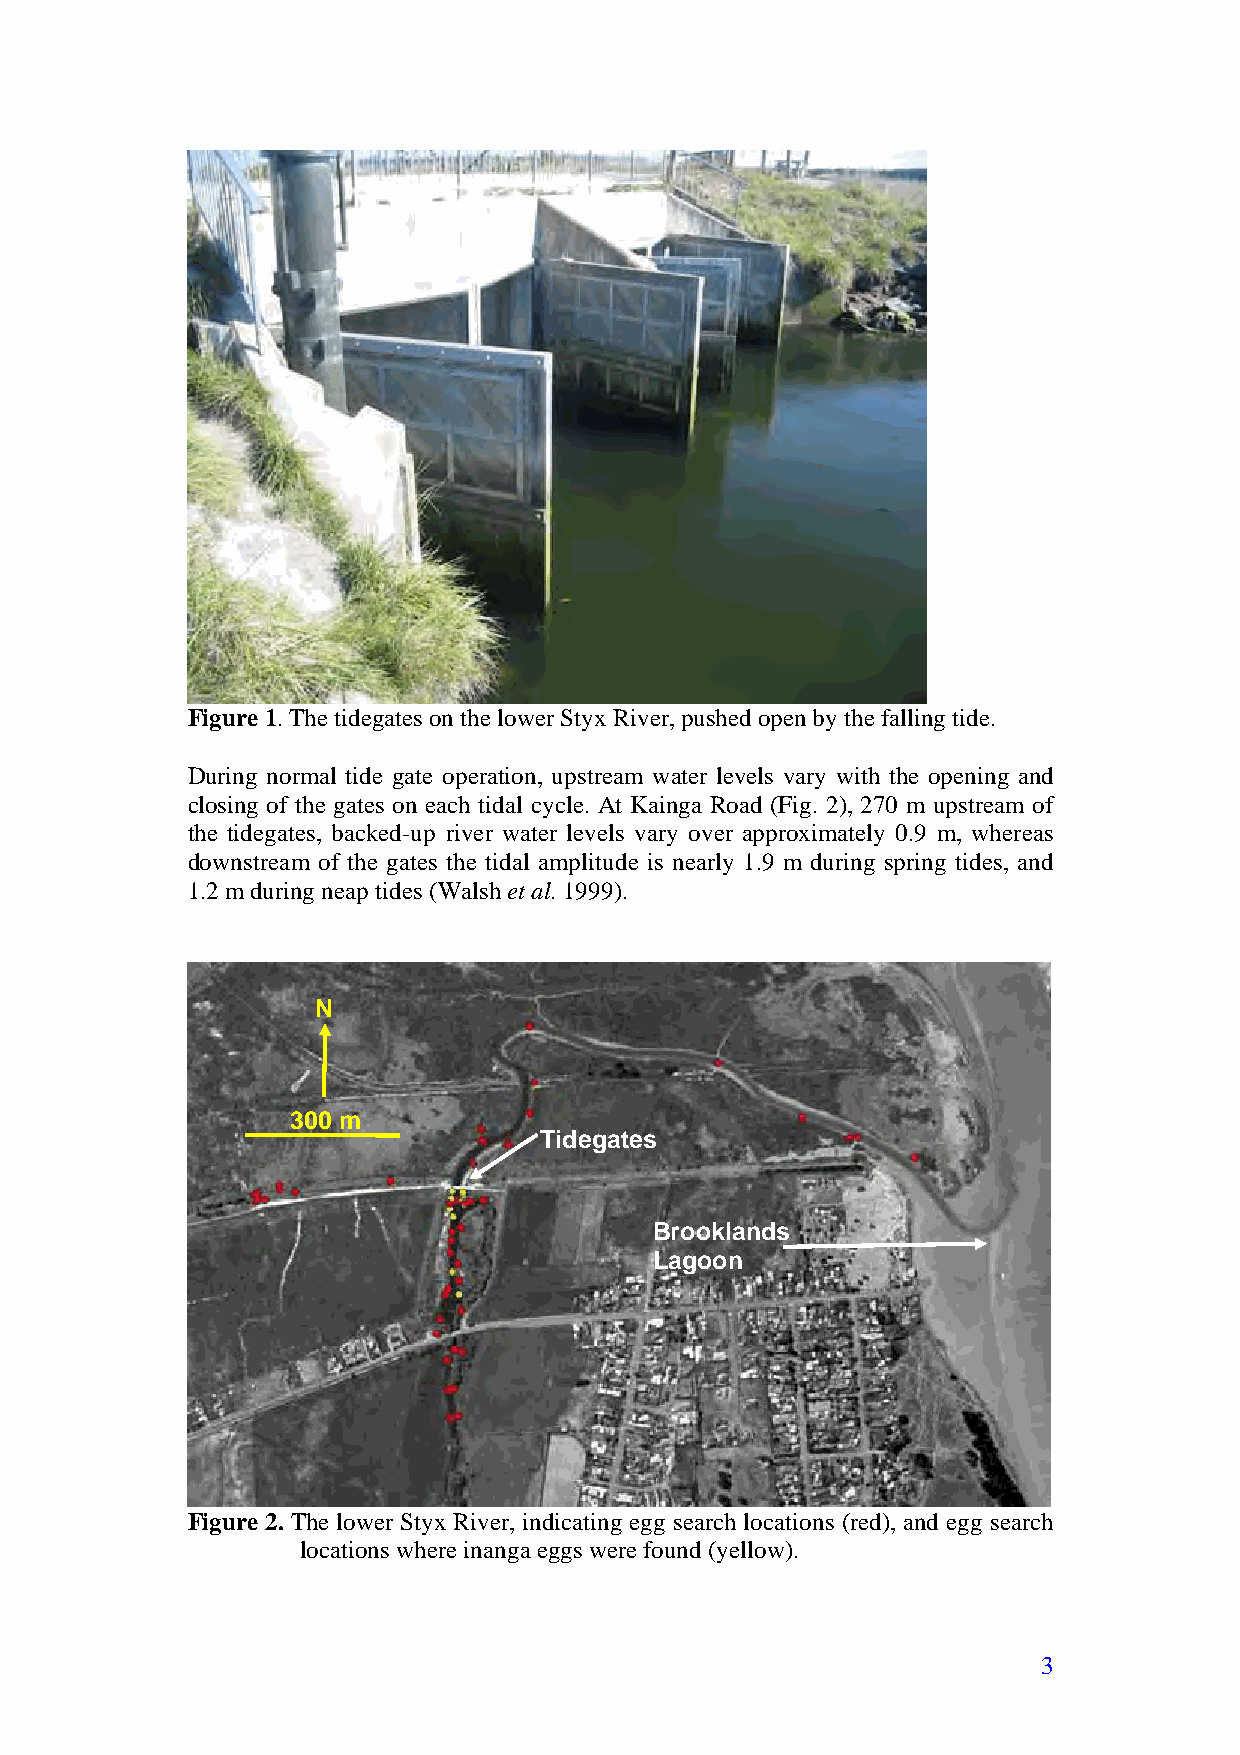
Figure 1. The tidegates on the lower Styx River, pushed open by the falling tide.
 During normal tide gate operation, upstream water levels vary with the opening and
 closing of the gates on each tidal cycle. At Kainga Road (Fig. 2), 270 m upstream of
 the tidegates, backed-up river water levels vary over approximately 0.9 m, whereas
 downstream of the gates the tidal amplitude is nearly 1.9 m during spring tides, and
 1.2 m during neap tides (Walsh et al. 1999).
 N
 300 m
 Tidegates
 Brooklands
 Lagoon
 Figure 2. The lower Styx River, indicating egg search locations (red), and egg search
 locations where inanga eggs were found (yellow).
 3